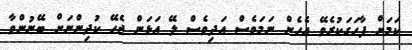
ކަމަށް ފާހަގަކުރެވޭ އެހެން ނަމަވެސް އަދިވެސް ލޭ އަޅަން ޖެހޭ ކުދިންނަށް ބޭނުންވާ